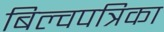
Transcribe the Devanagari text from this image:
बिल्वपत्रिका